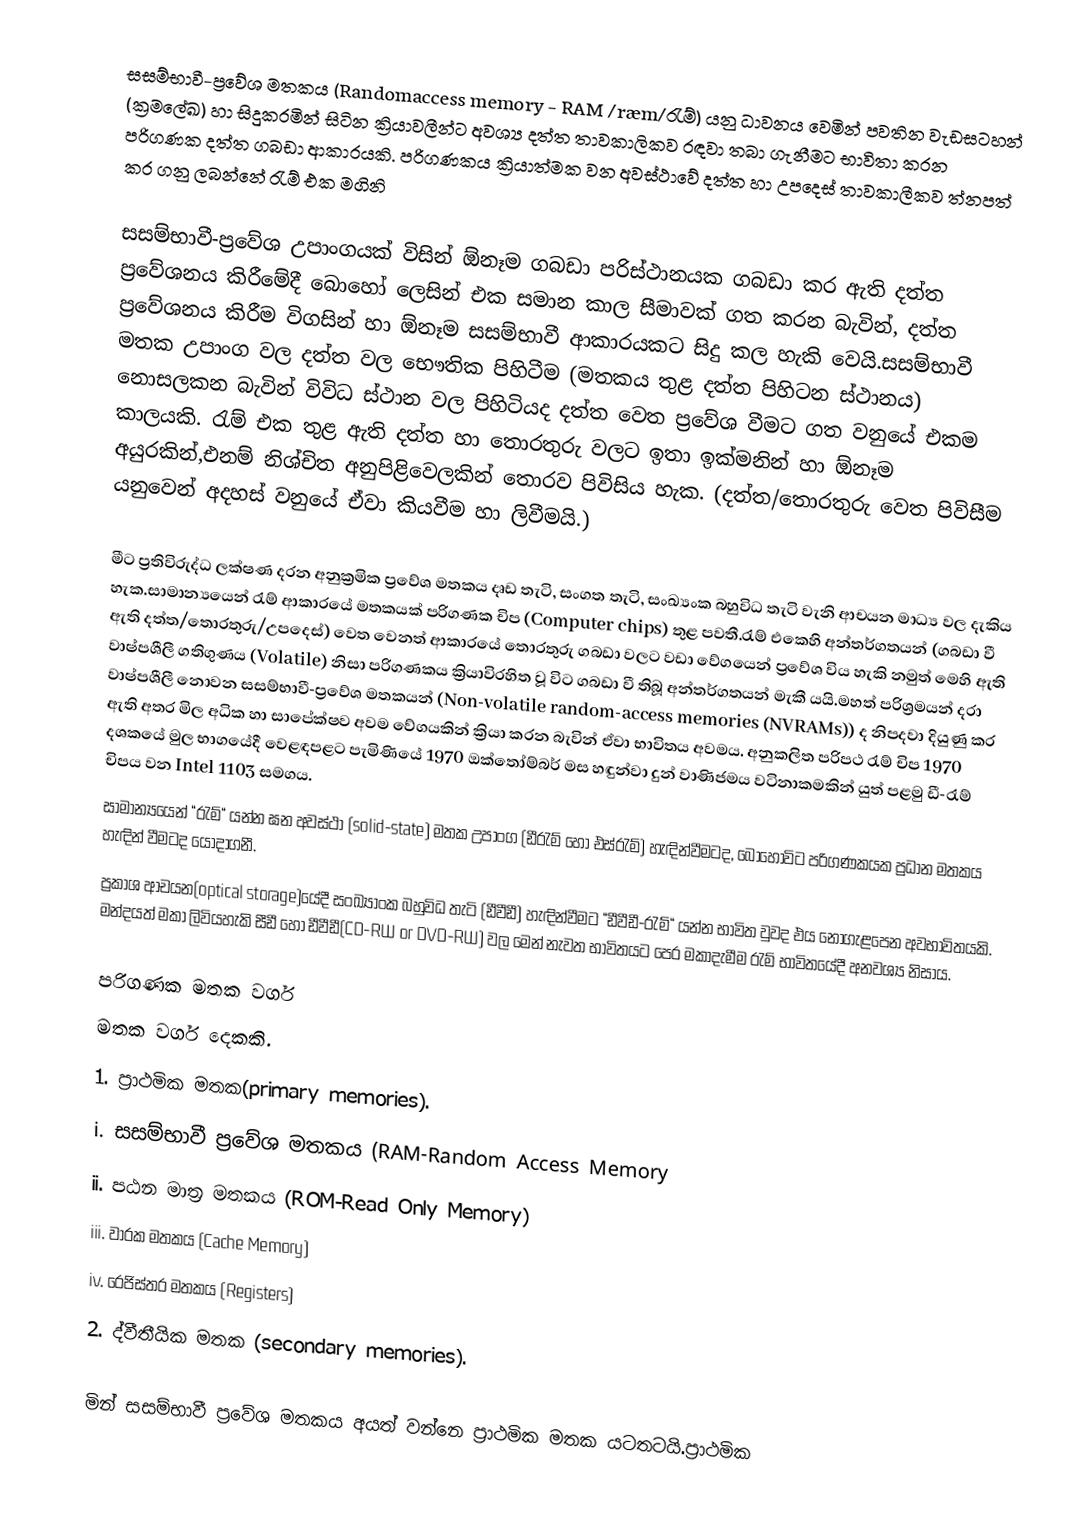
සසම්භාවී-ප්‍රවේශ මතකය (Random­access memory - RAM /ræm/රැම්) යනු ධාවනය වෙමින් පවතින වැඩසටහන් (ක්‍රමලේඛ) හා සිදුකරමින් සිටින ක්‍රියාවලීන්ට අවශ්‍ය දත්ත තාවකාලිකව රඳවා තබා ගැනීමට භාවිතා කරන  පරිගණක දත්ත ගබඩා ආකාරයකි. පරිගණකය ක්‍රියාත්මක වන අවස්ථාවේ  දත්ත හා උපදෙස් තාවකාලීකව ත්නපත් කර ගනු ලබන්නේ රැම් එක මගිනි

සසම්භාවී-ප්‍රවේශ උපාංගයක් විසින් ඕනෑම ගබඩා පරිස්ථානයක ගබඩා කර ඇති දත්ත ප්‍රවේශනය කිරීමේදී බොහෝ ලෙසින් එක සමාන කාල සීමාවක් ගත කරන බැවින්, දත්ත ප්‍රවේශනය කිරීම විගසින් හා ඕනෑම සසම්භාවී ආකාරයකට සිදු කල හැකි වෙයි.සසම්භාවී මතක උපාංග වල දත්ත වල භෞතික පිහිටීම (මතකය තුළ දත්ත පිහිටන ස්ථානය) නොසලකන බැවින් විවිධ ස්ථාන වල පිහිටියද දත්ත වෙත ප්‍රවේශ වීමට ගත වනුයේ එකම කාලයකි. රැම් එක තුළ ඇති දත්ත හා තොරතුරු වලට ඉතා ඉක්මනින් හා ඕනෑම අයුරකින්,එනම් නිශ්චිත අනුපිළිවෙලකින් තොරව පිවිසිය හැක. (දත්ත/තොරතුරු වෙත පිවිසීම යනුවෙන් අදහස් වනුයේ ඒවා කියවීම හා ලිවීමයි.)

මීට ප්‍රතිවිරුද්ධ ලක්ෂණ දරන අනුක්‍රමික ප්‍රවේශ මතකය දෘඩ තැටි, සංගත තැටි, සංඛ්‍යංක බහුවිධ තැටි වැනි ආචයන මාධ්‍ය වල දැකිය හැක.සාමාන්‍යයෙන් රැම් ආකාරයේ මතකයක් පරිගණක චිප (Computer chips) තුළ පවතී.රැම් එකෙහි අන්තර්ගතයන් (ගබඩා වී ඇති දත්ත/තොරතුරු/උපදෙස්) වෙත වෙනත් ආකාරයේ තොරතුරු ගබඩා වලට වඩා වේගයෙන් ප්‍රවේශ විය හැකි නමුත් මෙහි ඇති වාෂ්පශීලී ගතිගුණය (Volatile) නිසා පරිගණකය ක්‍රියාවිරහිත වූ විට ගබඩා වී තිබූ අන්තර්ගතයන් මැකී යයි.මහත් පරිශ්‍රමයන් දරා වාෂ්පශීලී නොවන සසම්භාවී-ප්‍රවේශ මතකයන් (Non-volatile random-access memories (NVRAMs)) ද නිපදවා දියුණු කර ඇති අතර  මිල අධික හා සාපේක්ෂව අවම වේගයකින් ක්‍රියා කරන බැවින් ඒවා භාවිතය අවමය. අනුකලිත පරිපථ රැම් චිප 1970 දශකයේ මුල භාගයේදී වෙළඳපළට පැමිණියේ 1970 ඔක්තෝම්බර් මස හඳුන්වා දුන් වාණිජමය වටිනාකමකින් යුත් පළමු ඩී-රැම් චිපය වන Intel 1103 සමගය.
සාමාන්‍යයෙන් “රැම්“ යන්න ඝන අවස්ථා (solid-state) මතක උපාංග (ඩීරැම් හෝ එස්රැම්) හැඳින්වීමටද, බොහෝවිට පරිගණකයක ප්‍රධාන මතකය හැඳින් වීමටද යොදාගනී.
ප්‍රකාශ ආචයන(optical storage)යේදී සංඛ්‍යාංක බහුවිධ තැටි (ඩීවීඩී) හැඳින්වීමට “ඩීවීඩී-රැම්“ යන්න භාවිත වුවද එය නොගැළපෙන අවභාවිතයකි. මන්දයත් මකා ලිවියහැකි සීඩී හෝ ඩීවීඩී(CD-RW or DVD-RW)  වල මෙන් නැවත භාවිතයට පෙර මකාදැමීම රැම් භාවිතයේදී අනවශ්‍ය නිසාය.

පරිගණක මතක වර්ග
මතක වර්ග දෙකකි.
1. ප්‍රාථමික මතක(primary memories).
        i. සසම්භාවී ප්‍රවේශ මතකය (RAM-Random Access Memory
       ii. පඨන මාත්‍ර මතකය (ROM-Read Only Memory)
      iii. වාරක මතකය (Cache Memory)
       iv. රෙජිස්තර මතකය (Registers)
2. ද්වීතීයික මතක (secondary memories).

මින් සසම්භාවී ප්‍රවේශ මතකය අයත් වන්නෙ ප්‍රාථමික මතක යටතටයි.ප්‍රාථමික